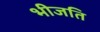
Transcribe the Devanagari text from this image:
भीजति